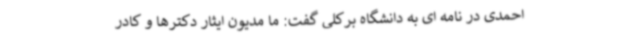
احمدی در نامه ای به دانشگاه برکلی گفت: ما مدیون ایثار دکترها و کادر